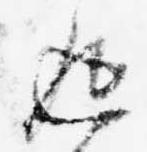
返